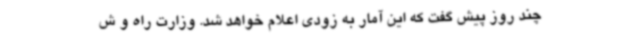
چند روز پیش گفت که این آمار به زودی اعلام خواهد شد. وزارت راه و ش